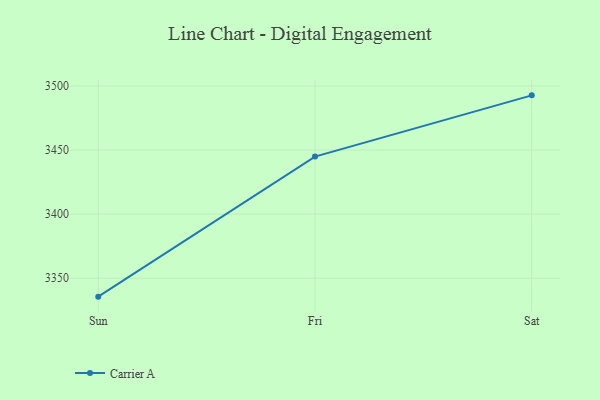
{"axis": {"x": "Day", "y": "Latency (ms)"}, "legend": ["Carrier A"], "data": [{"x": "Sun", "y": 3335.6, "type": "Carrier A"}, {"x": "Fri", "y": 3444.9, "type": "Carrier A"}, {"x": "Sat", "y": 3492.7, "type": "Carrier A"}]}